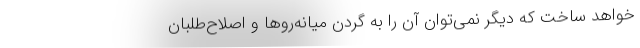
خواهد ساخت که دیگر نمی‌توان آن را به گردن میانه‌روها و اصلاح‌طلبان